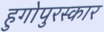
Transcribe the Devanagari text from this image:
हुगोपुरस्कार